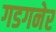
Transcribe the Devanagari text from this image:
गडगनेर